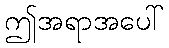
ဤအရာအပေါ်